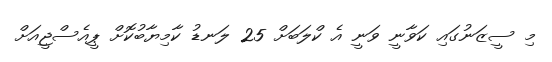
މި ސީޒަނުގައި ކަވާނީ ވަނީ އެ ކްލަބަށް 25 ލަނޑު ކާމިޔާބުކޮށް ޕީއެސްޖީއަށް